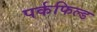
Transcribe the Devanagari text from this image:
पर्कफिल्ड